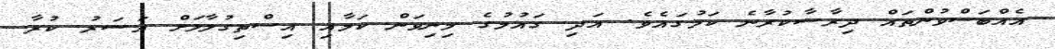
އެއްބަސްވުންތައް ދިރާސާކުރާނެ ކަމުގައެވެ. އަދި ގައުމުގެ މިނިވަން ކަމާއި އިސްތިގުލާލަށް އަސަރު ކުރާ